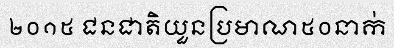
២០១៥ ជនជាតិយួនប្រមាណ៥០នាក់